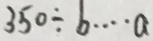
3 5 0 \div b \cdots a